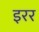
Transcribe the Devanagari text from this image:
इरर